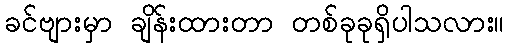
ခင်ဗျားမှာ ချိန်းထားတာ တစ်ခုခုရှိပါသလား။